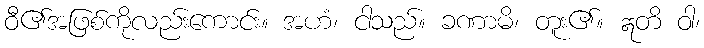
ဝီ၏အဖြစ်ကိုလည်းကောင်း။ အဟံ၊ ငါသည်။ ခဏာမိ၊ တူး၏။ ဣတိ ဝါ၊